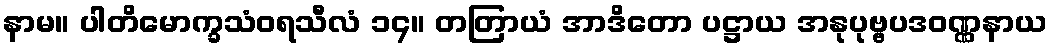
နာမ။ ပါတိမောက္ခသံဝရသီလံ ၁၄။ တတြာယံ အာဒိတော ပဋ္ဌာယ အနုပုဗ္ဗပဒဝဏ္ဏနာယ